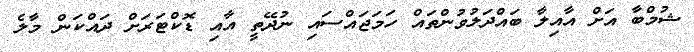
ޝުމްބާ އަށް އާއިލާ ބައްދަލުވުންތައް ހަމަޖައްސައި ނުދޭތީ އާއި ޑޮކްޓަރަށް ދައްކަން މާލެ